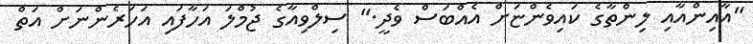
"އާއިންއާއި ލިންތާގެ ކައިވެންޏަށް އެއްބަސް ވެދީ." ސިލްވިއާގެ ޖުމްލަ އަހާފައި އަހަރެންނަށް އަތް